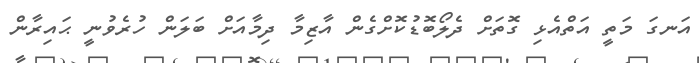
އަނގަ މަތީ އަތްއެޅި ގޮތަށް ދެލޯބޮޑުކޮށްގެން އާޒިމާ ދިމާއަށް ބަލަން ހުރެވުނީ ޙައިރާން